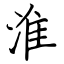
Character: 淮